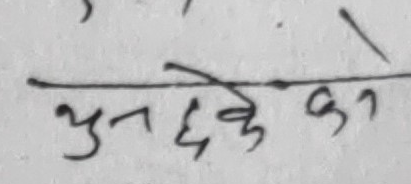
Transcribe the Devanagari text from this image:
भुनछे के को